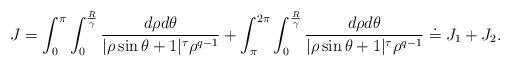
LaTeX: \begin{align*}J=\int_{0}^{\pi}\int_{0}^{\frac{R}{\gamma}}\frac{d\rho d\theta}{|\rho \sin\theta+1|^{\tau}\rho^{q-1}}+\int_{\pi}^{2\pi}\int_{0}^{\frac{R}{\gamma}}\frac{d\rho d\theta}{|\rho \sin\theta+1|^{\tau}\rho^{q-1}}\doteq J_1+J_2.\end{align*}